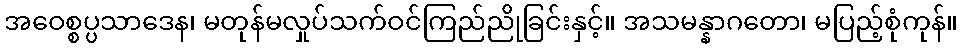
အဝေစ္စပ္ပသာဒေန၊ မတုန်မလှုပ်သက်ဝင်ကြည်ညိုခြင်းနှင့်။ အသမန္နာဂတော၊ မပြည့်စုံကုန်။